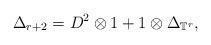
LaTeX: \begin{align*}\Delta_{r+2} = D^2 \otimes 1 + 1 \otimes \Delta_{\mathbb{T}^r},\end{align*}